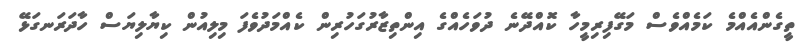
ތީގެންއެއްމެ ކަމެއްވެސް މަގޭފިރިމީހާ ކޮއްދޭނެ ދުވަހެއްގެ އިންތިޒާރުގަހުރިން ކެއްމަދުވެފަ މިލިއުން ކިޔާލިޔަސް ހާދަރަނގަޅޭ